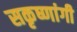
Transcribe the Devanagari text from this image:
सकृष्णांगी